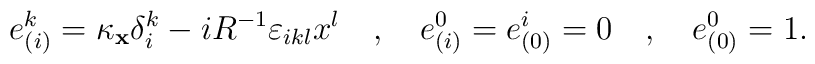
e_{(i)}^{k}=\kappa _{{\bf x}}\delta _{i}^{k}-iR^{-1}\varepsilon_{ikl}x^{l}\quad ,\quad e_{(i)}^{0}=e_{(0)}^{i}=0\quad ,\quad e_{(0)}^{0}=1.